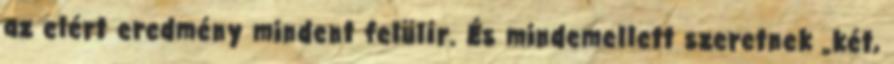
az elért eredmény mindent felülír. És mindemellett szeretnek „két,